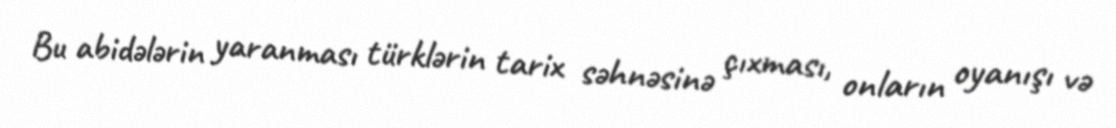
Bu abidələrin yaranması türklərin tarix səhnəsinə çıxması, onların oyanışı və